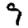
Digit: 9